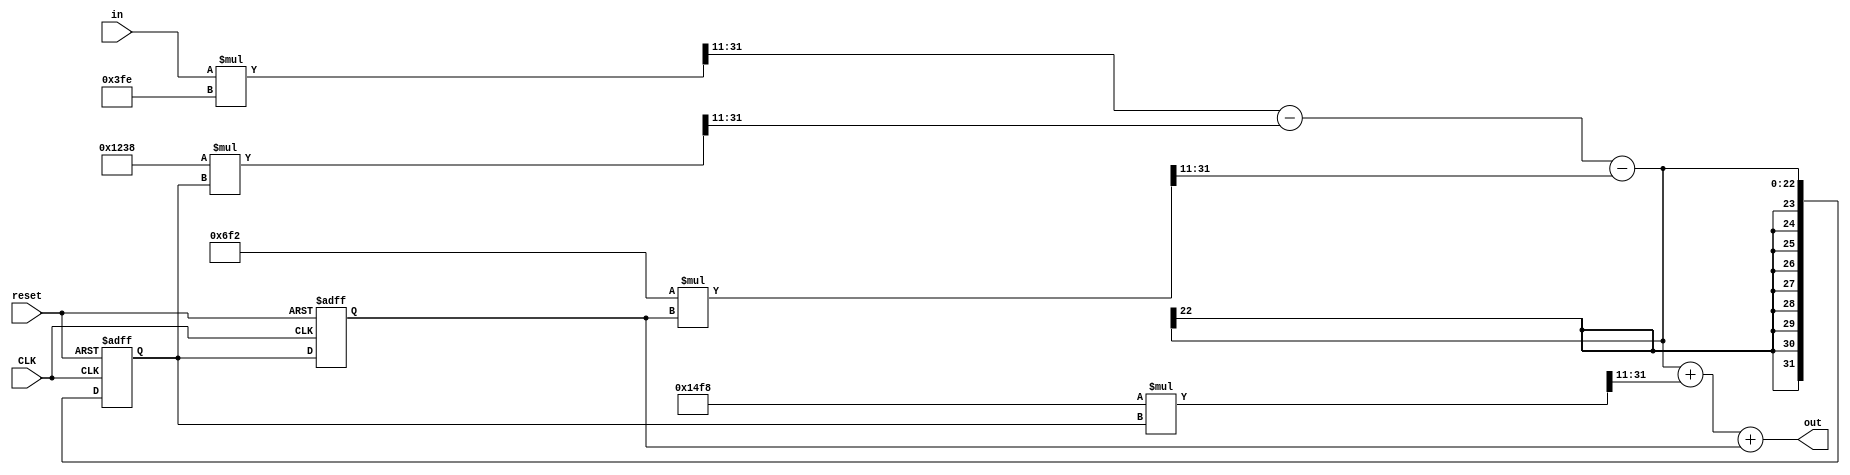
module IIR_filter1(out, in, CLK,reset
    );

parameter no_bits = 32;

input CLK;
input reset;

input signed [no_bits-1:0]  in;
output signed [no_bits-1:0] out;
reg [no_bits-1:0] out;


reg signed [no_bits-1:0] b2,a2,a3,s;

reg signed [no_bits-1:0] in_s, diff_1, diff_2, fb1, fb2, fw1, sum_1, sum_2, delay1, delay2; 

always @(*) 
begin

b2<=-32'd2824;
a2<=-32'd3528;
a3<=32'd1778;
s<=32'd1022;

end

always @(posedge (CLK) or negedge (reset))
begin
if(~reset) begin
		delay1 <= 32'b0;

    end
    else begin
		delay1 <= diff_2;
    end
end


always @(posedge (CLK) or negedge (reset))
begin
if(~reset) begin
		delay2 <= 32'b0;
    end
    else begin
		delay2 <= delay1;
    end
end


always @(*) in_s <= (in * s)>>>11;
always @(*) diff_1 <= in_s - fb1;
always @(*) fb1 <= (a2 * delay1)>>>11;
always @(*) diff_2 <= diff_1 - fb2;
always @(*) fb2 <= (a3 * delay2)>>>11;
always @(*) sum_1 <= diff_2 + fw1;
always @(*) fw1 <= (b2 * delay1)>>>11;
always @(*) sum_2 <= sum_1 + delay2;
always @(*) out <= sum_2; 
 
 

endmodule